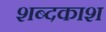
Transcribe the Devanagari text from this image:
शब्दकाश